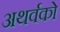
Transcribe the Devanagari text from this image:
अथर्वको